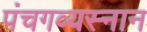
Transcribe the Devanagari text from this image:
पंचगव्यस्नान